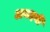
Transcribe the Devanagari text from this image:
अमदनी